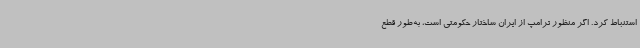
استنباط کرد. اگر منظور ترامپ از ایران ساختار حکومتی است، به‌طور قطع